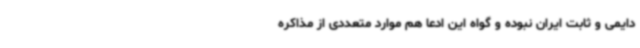
دایمی و ثابت ایران نبوده و گواه این ادعا هم موارد متعددی از مذاکره